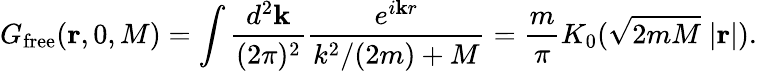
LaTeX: G_{\mathrm{free}}({\mathbf r},0,M)=\int\frac{d^{2}{\mathbf k}}{(2\pi)^{2}}\frac{e^{i{\mathbf kr}}}{k^{2}/(2m)+M}=\frac{m}{\pi}K_{0}(\sqrt{2mM}\; |{\mathbf r}|).